Medical and sanitary report of the native army of Madras for the year
Year: 1876
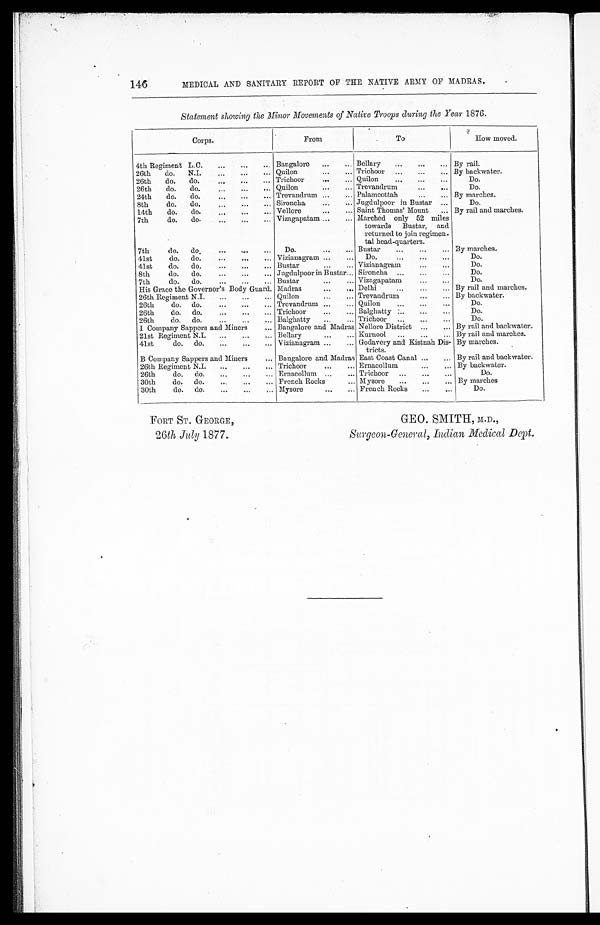
MEDICAL AND SANITARY REPORT OF THE NATIVE ARMY OF MADRAS.
Statement showing the Minor Movements of Native Troops during the Year 1876.
Corps.
From
To
How moved.
4th Regiment L.C.
Bangalore
Bellary
By rail.
26th
do. N.I.
Quilon
Trichoor
By backwater.
26th
do. do.
Trichoor
Quilon
Do.
26th
do.
do.
Quilon
Trevandrum
Do.
24th
do.
do.
Trevandrum
Palamcottah
By marches.
8th
do. do.
Sironcha
Jugdulpoor in Bustar
Do.
14th
do. do.
Vellore
Saint Thomas' Mount
By rail and marches.
7th
do. do.
Vizagapatam
Marched only 52 miles
towards Bustar, and
returned to join regimen
-
tal head-quarters.
7th
do. do.
Do.
Bustar
By marches.
41st
do. do.
Vizianagram
Do.
Do.
41st
do. do.
Bustar
Vizianagram
Do.
8th
do. do.
Jugdulpoor in Bustar Sironcha
Do.
7th
do. do.
Bustar
Vizagapatam
Do.
His Grace the Governor's Body Guard. Madras
Delhi
By rail and marches.
26th Regiment N.I.
Quilon
Trevandrum
By backwater.
26th
do. do.
Trevandrum
Quilon
Do.
26th
do. do.
Trichoor
Balghatty
Do.
26th
do. do.
Balghatty
Trichoor
Do.
I Company Sappers and Miners
Bangalore and Madras Nellore District
By rail and backwater.
21st Regiment N.I.
Bellary
Kurnool
By rail and marches.
41st
do. do.
Vizianagram
Godavery and Kistnah Dis-
tricts.
By marches.
B Company Sappers and Miners
Bangalore and Madras East Coast Canal
By rail and backwater.
26th Regiment N.I.
Trichoor
Ernacollum
By backwater.
26th
do. do.
Ernacollum
Trichoor
Do.
30th
do. do.
French Rocks
Mysore
By marches
30th
do. do.
Mysore
French Rocks
Do.
FORT ST. GEORGE,
GEO. SMITH, M.D.,
26 th July 1877,
Surgeon-General, Indian Medical Dept.
146